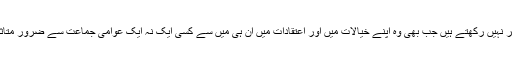
اور اگر نہیں رکھتے ہیں جب بھی وہ اپنے خیالات میں اور اعتقادات میں ان ہی میں سے کسی ایک نہ ایک عوامی جماعت سے ضرور متاثر ہیں۔